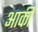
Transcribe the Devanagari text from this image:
आर्की